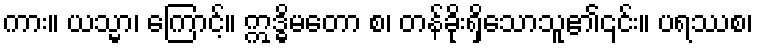
ကား။ ယသ္မာ၊ ကြောင့်။ ဣဒ္ဓိမတော စ၊ တန်ခိုးရှိသောသူ၏၎င်း။ ပရဿစ၊